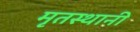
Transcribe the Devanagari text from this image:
मृतस्थानी